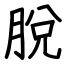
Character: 脫